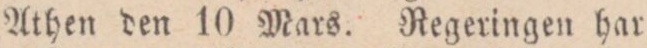
Athen den 10 Mars. Regeringen har